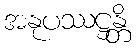
အနုပဿဋ္ဌန္တိ